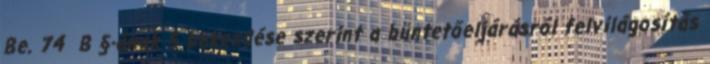
Be. 74 B §-ának 5 bekezdése szerint a büntetőeljárásról felvilágosítás